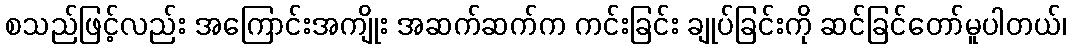
စသည်ဖြင့်လည်း အကြောင်းအကျိုး အဆက်ဆက်က ကင်းခြင်း ချုပ်ခြင်းကို ဆင်ခြင်တော်မူပါတယ်၊